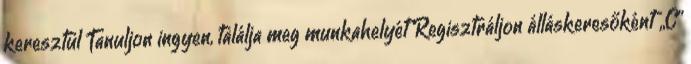
keresztül Tanuljon ingyen, találja meg munkahelyét Regisztráljon álláskeresőként „C”